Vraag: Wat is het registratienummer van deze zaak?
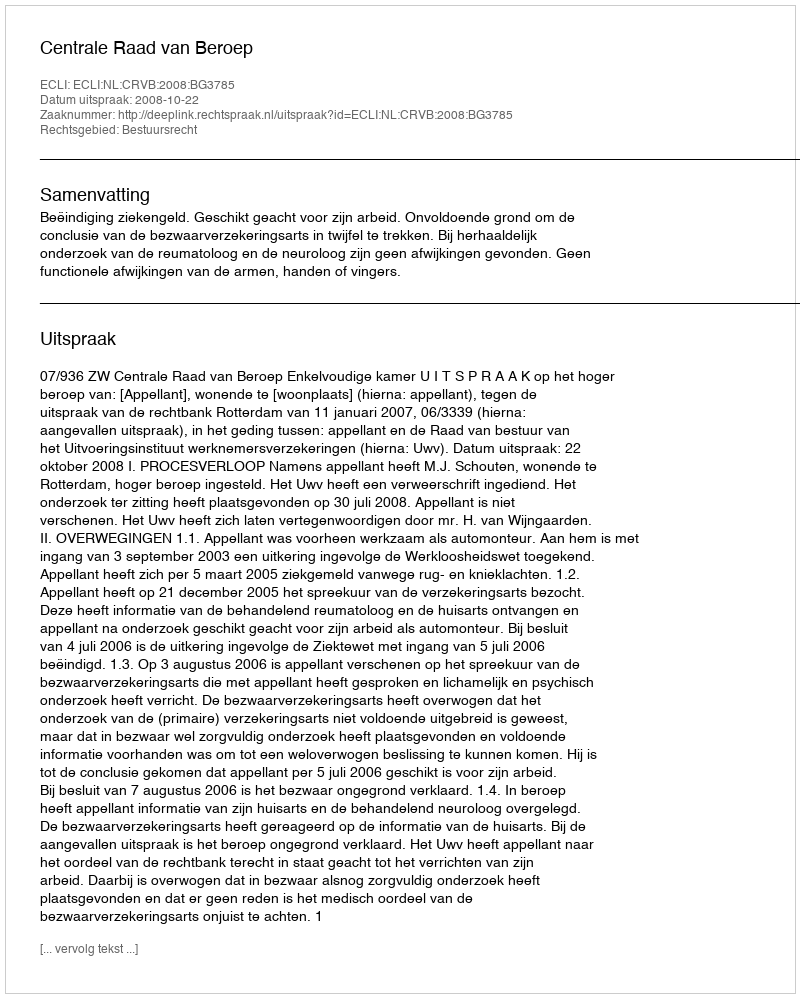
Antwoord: http://deeplink.rechtspraak.nl/uitspraak?id=ECLI:NL:CRVB:2008:BG3785